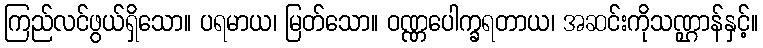
ကြည်လင်ဖွယ်ရှိသော။ ပရမာယ၊ မြတ်သော။ ဝဏ္ဏပေါက္ခရတာယ၊ အဆင်းကိုသဏ္ဌာန်နှင့်။